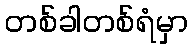
တစ်ခါတစ်ရံမှာ